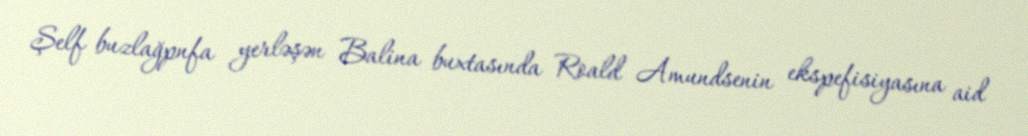
Şelf buzlağpnfa yerləşən Balina buxtasında Roald Amundsenin ekspefisiyasına aid